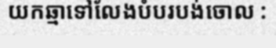
យកឆ្មាទៅលែងបំបរបង់ចោល :